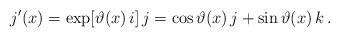
LaTeX: \begin{align*}j'(x) = \exp[\vartheta(x)\,i]\,j = \cos\vartheta(x)\,j + \sin\vartheta(x)\,k\,.\end{align*}